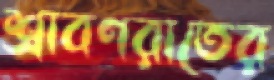
শ্রাবণরাতের